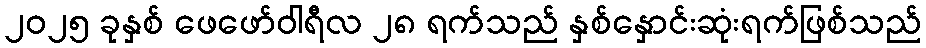
၂၀၂၅ ခုနှစ် ဖေဖော်ဝါရီလ ၂၈ ရက်သည် နှစ်နှောင်းဆုံးရက်ဖြစ်သည်